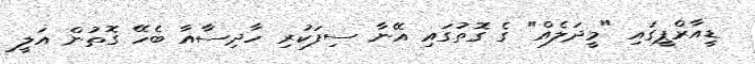
ޑީއާރްޕީގައި "މީދަލެއް" ގެ ގޮތުގައި އޭނާ ސިފަކުރި ހާދިސާއާ ބެހޭ ގޮތުން އަލީ